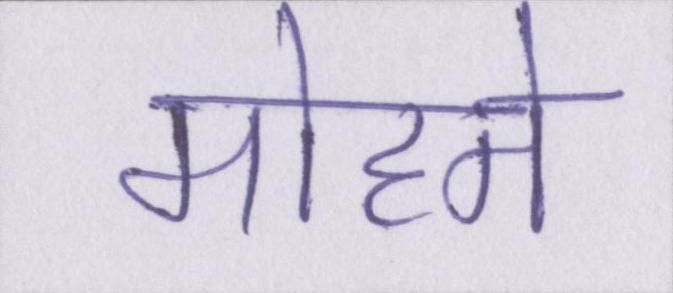
मोहने